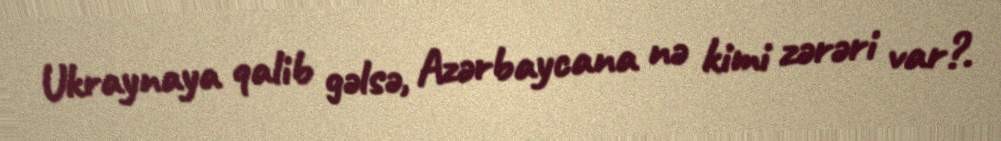
Ukraynaya qalib gəlsə, Azərbaycana nə kimi zərəri var?.